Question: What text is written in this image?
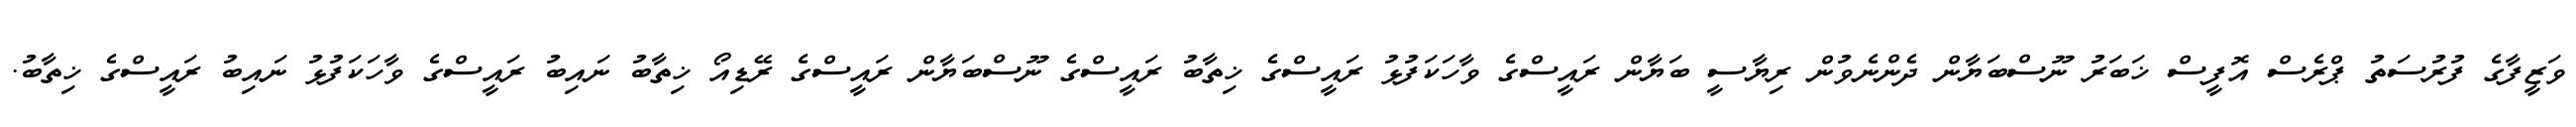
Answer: ވަޒީފާގެ ފުރުސަތު ޕްރެސް އޮފީސް ޚަބަރު ނޫސްބަޔާން ދެންނެވުން ރިޔާސީ ބަޔާން ރައީސްގެ ވާހަކަފުޅު ރައީސްގެ ޚިތާބު ރައީސްގެ ނޫސްބަޔާން ރައީސްގެ ރޭޑިއޯ ޚިތާބު ނައިބު ރައީސްގެ ވާހަކަފުޅު ނައިބު ރައީސްގެ ޚިތާބު.